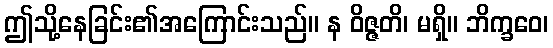
ဤသို့နေခြင်း၏အကြောင်းသည်။ န ဝိဇ္ဇတိ၊ မရှိ။ ဘိက္ခဝေ၊